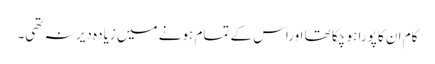
کام ان کا پورا ہو چکا تھا اوراس کے تمام ہونے میں زیادہ دیر نہ تھی۔